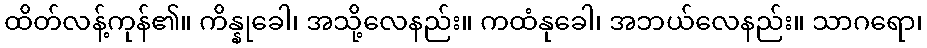
ထိတ်လန့်ကုန်၏။ ကိန္နုခေါ၊ အသို့လေနည်း။ ကထံနုခေါ၊ အဘယ်လေနည်း။ သာဂရော၊